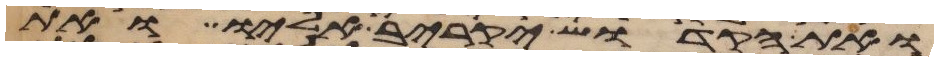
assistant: ואת הקדוש יקריב אליו ואת